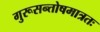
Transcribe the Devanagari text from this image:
गुरूसन्तोषमात्रतः